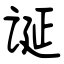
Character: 诞